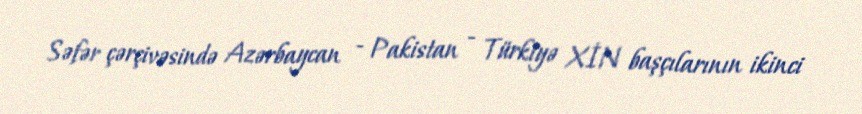
Səfər çərçivəsində Azərbaycan - Pakistan - Türkiyə XİN başçılarının ikinci